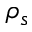
\rho _ { s }